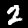
Digit: 2